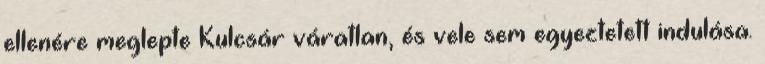
ellenére meglepte Kulcsár váratlan, és vele sem egyeztetett indulása.